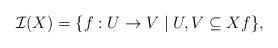
LaTeX: \begin{align*}\mathcal{I}(X) = \{ f : U \to V \mid U, V \subseteq X f \},\end{align*}